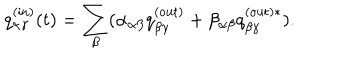
q _ { \alpha \gamma } ^ { \mathrm { ( i n ) } } ( t ) = \sum _ { \beta } ( \alpha _ { \alpha \beta } q _ { \beta \gamma } ^ { \mathrm { ( o u t ) } } + \beta _ { \alpha \beta } q _ { \beta \gamma } ^ { \mathrm { ( o u t ) } \ast } ) .